Treatise on elephants
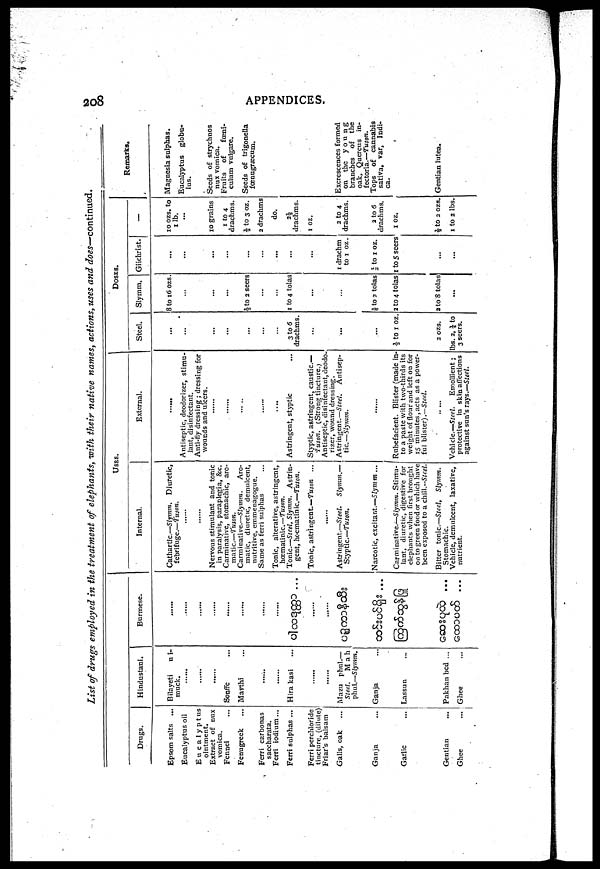
208
APPENDICES.
List of drugs employed in the treatment of elephants, with their native names, actions, uses and does—-continued.
Drugs.
Epsom salts ...
Eucalyptus oil
Eucalyptus
Extract of nux
vomica.
Fennel
Fenugreek
Ferri carbonas
saccharata.
Ferri iodium...
Ferri sulphas ...
Ferri perchloride
tincture, (dilute)
Friar's balsam
Galls, oak ...
Ganja ...
Garlic ...
Gentian ...
Ghee ...
Hindustani.
Bilayeti ni-
muck
......
......
......
Sonffe ...
Maythi ...
......
......
Hira kasi
......
......
Mazu phul.—
Steel.
Mah
phul.—Slymm.
Ganja
Lassun
Pakhan bed ...
Ghee ...
Burmese.
......
......
......
......
......
......
......
......
...
......
......
...
...
...
...
...
USES.
Internal.
Cathartic—Slymm. Diuretic,
febrifuge.—Tuson.
......
......
Nervous stimulant and tonic
in paralysis, paraplegia, &c.
Carminative, stomachic, aro-
matic.—Tuson.
Carminative.—Slymm.
Aro-
matic, diuretic, demulcent,
nutritive, emmenagogue.
Same as ferri sulphas
Tonic, alterative, astringent,
hœmatinic—tuson.
Tonic.—Steel, Slymm.
Astrin-
gent, hoematinic.—Tuson.
Tonic, astringent.—Tuson ...
......
Astringent.—Steel.
Slymm.—
Styptic.—Tuson.
Narcotic, excitant.—Slymm ...
Carminative.—Slymm. Stimu-
lant, diuretic, digestive for
elephants when first brought
oo to green food or which have
been exposed to a chill.--Steel.
Bitter tonic.—Steel,
Slymm.
Stomachic.
Vehicle, demulcent, laxative,
nutrient.
External.
......
Antiseptic, deodorizer, stimu-
lant, disinfectant.
Anti-fly dressing ; dressing for
wounds and ulcers.
......
......
......
......
......
Astringent, styptic
Styptic, astringent, caustic.—
'Tuson. (Strong tincture.;
Antiseptic, disinfectant,deodo-
rizer, wound dressing.
Astringent.—Steel.
Antisep-
tic.—Slymm.
......
Rubefacient. Blister (made in-
to a paste with two-thirds its
weight of flour and left on for
IS minutes,acts as a power-
ful blister) .—Steel.
......
Vehicle.—Steel. Emollient ;
protective in skin affections
against sun's rays.—Steel.
DOSES.
Steel.
...
...
...
...
...
...
...
...
3 to 6
drachms.
...
...
...
...
½ to 1 oz.
2 OZS.
lbs. 2 ½ to
3 seers.
Slymm.
8 to 16 ozs.
...
...
...
...
½ to 2 seers
...
...
1 to 4 tolas
...
...
...
1/6 to 3 tolas
2 to 4 tolas
2 to 8 tolas
...
Giichrist.
...
...
...
...
...
...
...
...
...
...
...
1 drachm
to 1 oz.
½ to 1 oz.
1 to 5 seers
...
...
––
roozs. to
1 lb.
...
...
10 grains
1 to 4
drachms.
½ to 3 oz.
2 drachms
do.
2½
drachms.
1 oz.
2 to 4
drachms.
2 to 6
drachms.
1 oz.
½ to 2 ozs.
1 to 2 lbs.
Remarks.
Magnesia sulphas.
Eucalyptus globu-
lus.
...
Seeds of strychnos
nux vomica.
Fruits
of
fœni-
culum vulgare.
Seeds of trigonella
fœnugraecum.
Excrescences formed
on the
young
branches of the
oak, Quercus in-
fectoria.—Tuson.
Tops of cannabis
sativa, var, Indi-
ca.
Gentian lutea.